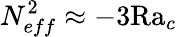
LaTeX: N_{eff}^{2}\approx-3\textrm{Ra}_{c}